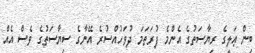
ބިން ޢަލީގެ ރިޔާސަތުގެ އެންމެ ފުރަތަމަ ދުވަހުއްސުރެ އޭނާގެ ސިޔާސަތުގެ ވެސް އެއް